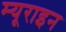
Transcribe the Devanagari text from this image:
म्यूराइन